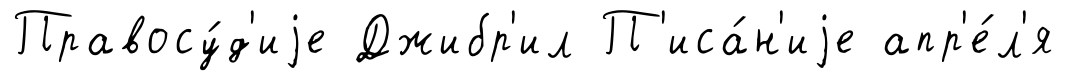
Правосу́д'иjе Джибр'ил П'иса́н'иjе апр'е́л'я